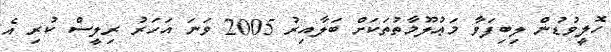
ހޮލީވުޑުން ލިބިފަވާ މަޢުލޫމާތުތަކަށް ބަލާއިރު 2005 ވަނަ އަހަރު ރިލީސް ކުރި އެ